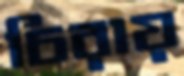
চিরায়